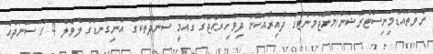
ނުވަތައެޑްމިނިސްޓްރޭޝަން/މެނޭޖްމަންޓުގެ ދާއިރާއަކުން ދިވެހިރާއްޖޭގެ ގައުމީ ސަނަދުތަކުގެ އޮނިގަނޑުގެ ލެވެލް 4 ގެ ސަނަދެއް